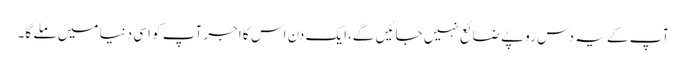
آپ کے یہ دس روپے ضائع نہیں جائیں گے،ایک دن اس کا اجر آپ کو اسی دنیا میں ملے گا۔